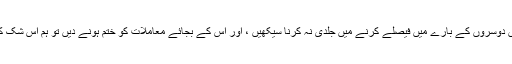
ہوسکتا ہے کہ اگر ہم اس لمحے میں دوسروں کے بارے میں فیصلے کرنے میں جلدی نہ کرنا سیکھیں ، اور اس کے بجائے معاملات کو ختم ہونے دیں تو ہم اس شک کا فائدہ خود کو بھی دے سکتے ہیں۔